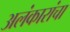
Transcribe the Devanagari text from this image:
अलंकारांचा